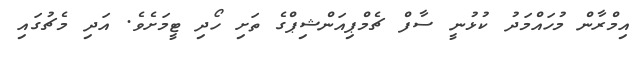
އިމްރާން މުހައްމަދު ކުޅުނީ ސާފް ޗެމްޕިއަންޝިޕްގެ ތަށި ހޯދި ޓީމަށެވެ. އަދި މެޗުގައި